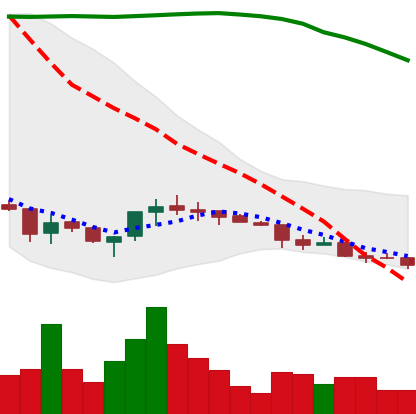
Ticker: ETC-USD
Chart end date: 2018-04-01
Forward return: -3.136%
Label: down_3_5